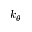
k _ { \theta }